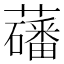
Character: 𫊑